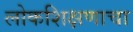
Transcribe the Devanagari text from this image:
लोकशिक्षणाचा